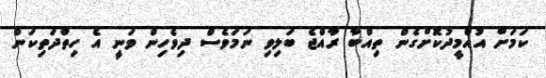
ކަމަށް އުއްމީދުކޮށްގެން ތިއްބާ ރާއްޖެ ބަލިވި ނަމަވެސް ދިވެހިން ވަނީ އެ ހިތްދަތިކަން